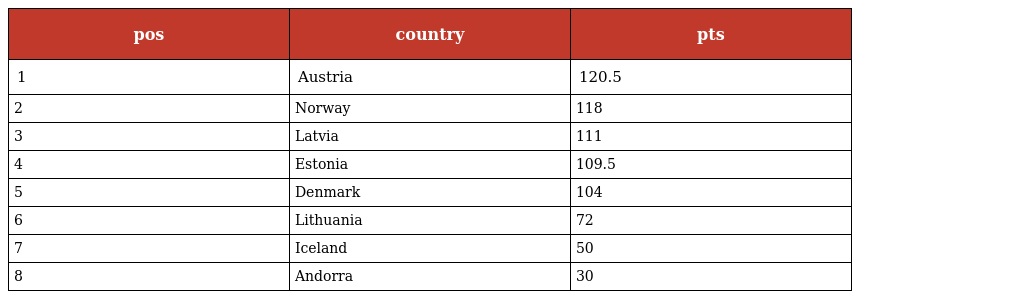
| pos | country | pts |
 | --- | --- | --- |
 | 1 | Austria | 120.5 |
 | 2 | Norway | 118 |
 | 3 | Latvia | 111 |
 | 4 | Estonia | 109.5 |
 | 5 | Denmark | 104 |
 | 6 | Lithuania | 72 |
 | 7 | Iceland | 50 |
 | 8 | Andorra | 30 |